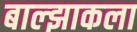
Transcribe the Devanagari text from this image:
बाल्झाकला